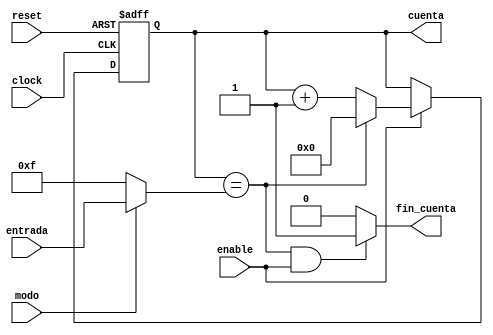
/**
    En este mdulo se ha realizado por los profesores un contador 
    variable el cual determina la forma en que se podr llevar la 
    cuenta y esto se lleva a cabo en placa mediante el segundo 
    switch que se llegar ha asignar.
**/
module contador_variable #(
    parameter width_counter = 4
) (
    // Declaracin de Entradas -->
    input clock, reset, enable, modo,
    input [width_counter-1:0] entrada,
    
    // Declaracin de Salidas -->
    output reg[width_counter-1:0] cuenta,
    output fin_cuenta
);

localparam [width_counter-1:0] modulo_good = 2**width_counter-1;

wire [width_counter-1:0] cuenta_fin;

assign cuenta_fin = (modo == 1'b1) ? entrada : modulo_good;
assign fin_cuenta = ((cuenta == cuenta_fin) && (enable == 1'b1)) ? 1'b1 : 1'b0;

always @(posedge clock or negedge reset)
if (!reset)
    cuenta <= 0;
else if (enable)
    if (cuenta == cuenta_fin)
        cuenta <= 0;
    else
        cuenta <= (cuenta + 1'b1);

endmodule